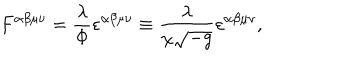
LaTeX: F ^ { \alpha \beta \mu \nu } = \frac { \lambda } { \Phi } \varepsilon ^ { \alpha \beta \mu \nu } \equiv \frac { \lambda } { \chi \sqrt { - g } } \varepsilon ^ { \alpha \beta \mu \nu } ,